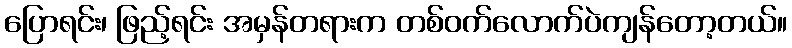
ပြောရင်း၊ ဖြည့်ရင်း အမှန်တရားက တစ်ဝက်လောက်ပဲကျန်တော့တယ်။